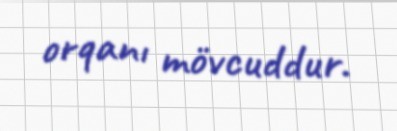
orqanı mövcuddur.